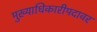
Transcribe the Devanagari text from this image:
मुख्याधिकारीपदावर